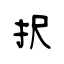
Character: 択